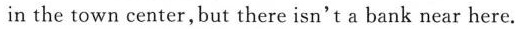
in the town center,but there isn't a bank near here.